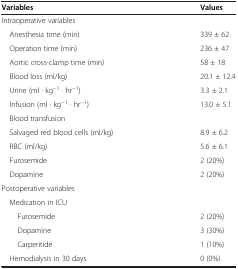
<table><thead><tr><td><b>Variables</b></td><td><b>Values</b></td></tr></thead><tbody><tr><td>Intraoperative variables</td><td> </td></tr><tr><td> Anesthesia time (min)</td><td>339 ± 62</td></tr><tr><td> Operation time (min)</td><td>236 ± 47</td></tr><tr><td> Aortic cross-clamp time (min)</td><td>58 ± 18</td></tr><tr><td> Blood loss (ml/kg)</td><td>20.1 ± 12.4</td></tr><tr><td> Urine (ml · kg<sup>−1</sup> · hr<sup>−1</sup>)</td><td>3.3 ± 2.1</td></tr><tr><td> Infusion (ml · kg<sup>−1</sup> · hr<sup>−1</sup>)</td><td>13.0 ± 5.1</td></tr><tr><td> Blood transfusion</td><td> </td></tr><tr><td> Salvaged red blood cells (ml/kg)</td><td>8.9 ± 6.2</td></tr><tr><td> RBC (ml/kg)</td><td>5.6 ± 6.1</td></tr><tr><td> Furosemide</td><td>2 (20%)</td></tr><tr><td> Dopamine</td><td>2 (20%)</td></tr><tr><td>Postoperative variables</td><td> </td></tr><tr><td> Medication in ICU</td><td> </td></tr><tr><td>Furosemide</td><td>2 (20%)</td></tr><tr><td>Dopamine</td><td>3 (30%)</td></tr><tr><td>Carperitide</td><td>1 (10%)</td></tr><tr><td> Hemodialysis in 30 days</td><td>0 (0%)</td></tr></tbody></table>